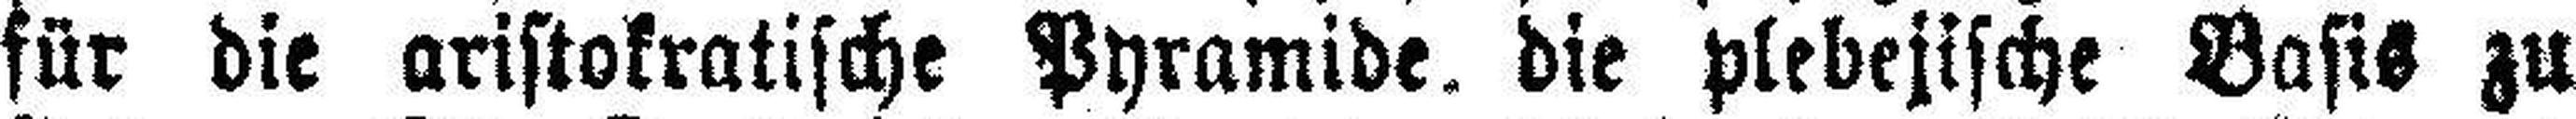
für die aristokratische Pyramide. die plebejische Basis zu